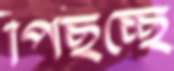
পিছচ্ছে